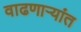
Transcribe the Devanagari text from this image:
वाढणार्‍यांत